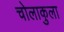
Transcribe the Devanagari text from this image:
चोलाकुला